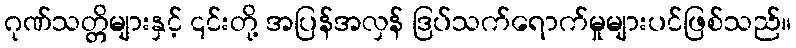
ဂုဏ်သတ္တိများနှင့် ၎င်းတို့ အပြန်အလှန် ဒြပ်သက်ရောက်မှုများပင်ဖြစ်သည်။